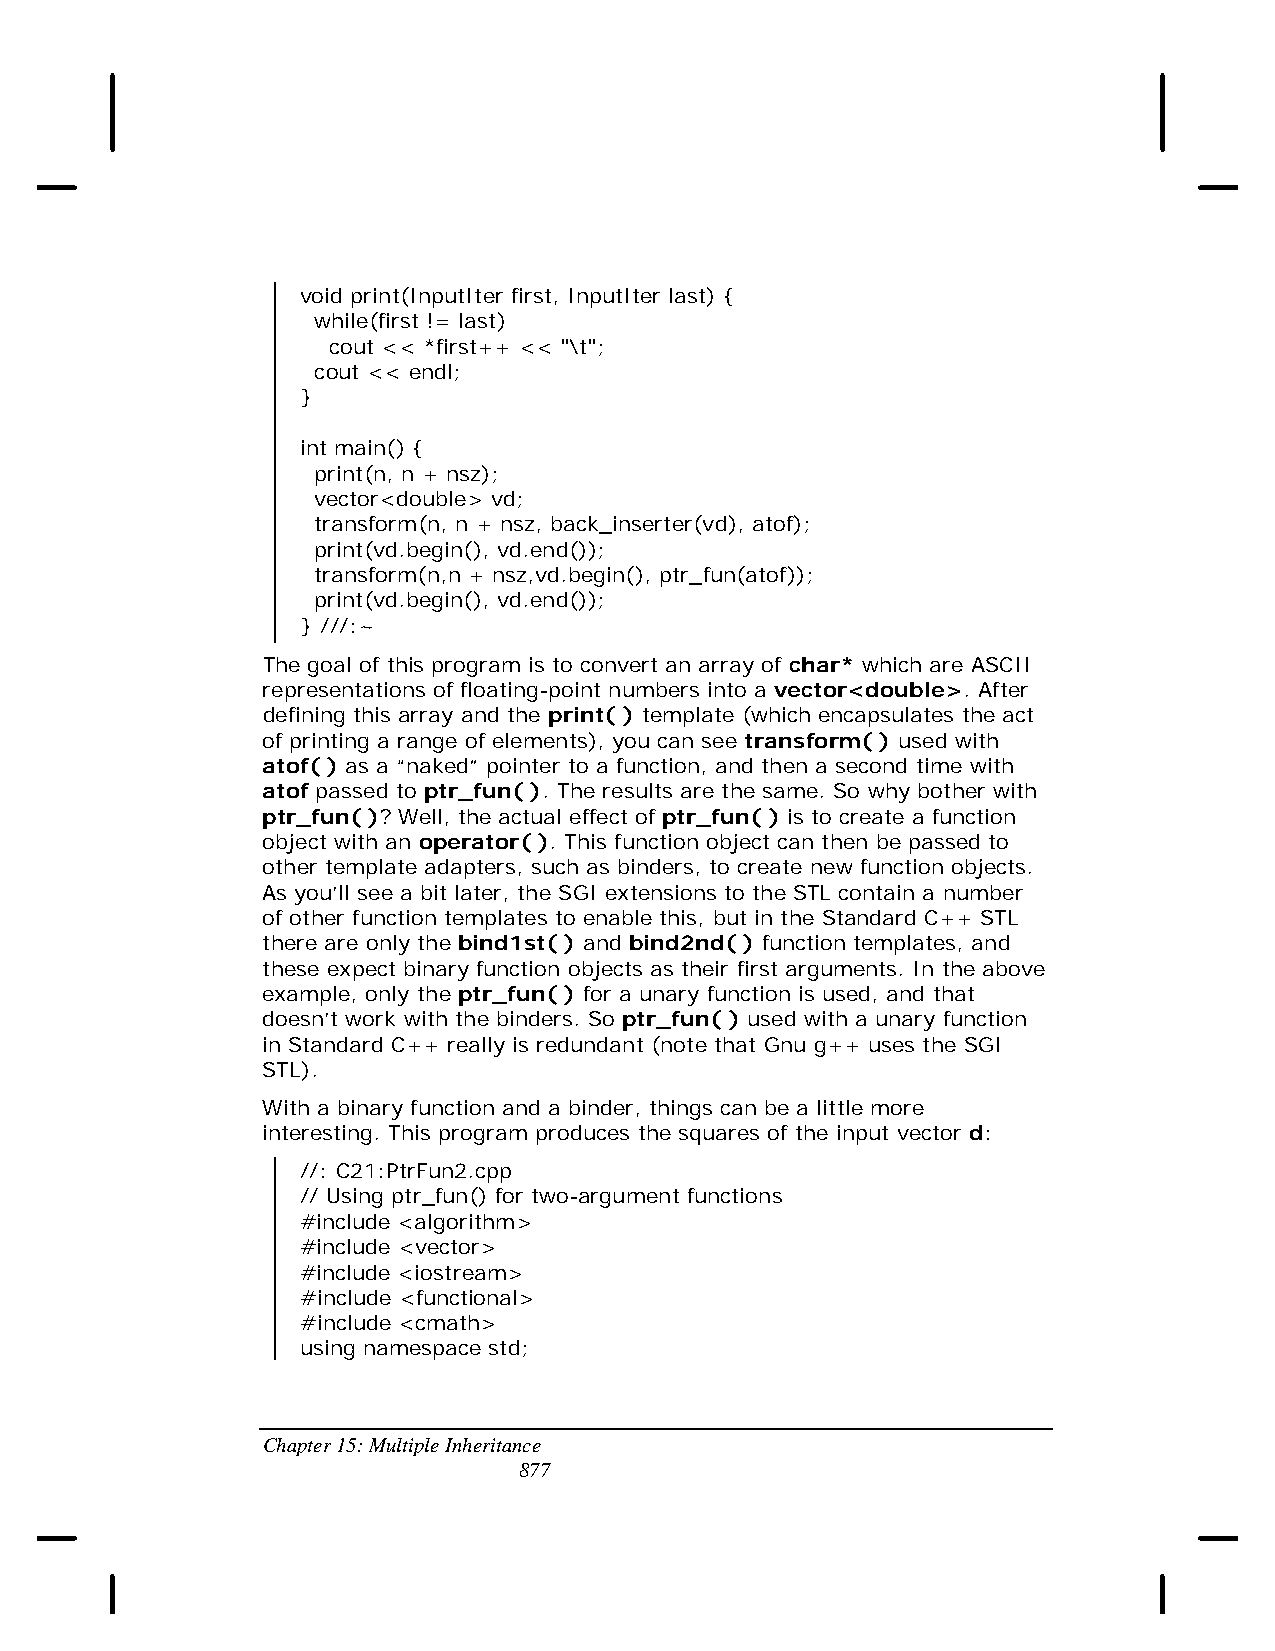
void print(InputIter first, InputIter last) {
 while(first != last)
 cout << *first++ << "\t";
 cout << endl;
 }
 int main() {
 print(n, n + nsz);
 vector<double> vd;
 transform(n, n + nsz, back_inserter(vd), atof);
 print(vd.begin(), vd.end());
 transform(n,n + nsz,vd.begin(), ptr_fun(atof));
 print(vd.begin(), vd.end());
 } ///:~
 The goal of this program is to convert an array of char* which are ASCII
 representations of floating-point numbers into a vector<double>. After
 defining this array and the print( ) template (which encapsulates the act
 of printing a range of elements), you can see transform( ) used with
 atof( ) as a “naked” pointer to a function, and then a second time with
 atof passed to ptr_fun( ). The results are the same. So why bother with
 ptr_fun( )? Well, the actual effect of ptr_fun( ) is to create a function
 object with an operator( ). This function object can then be passed to
 other template adapters, such as binders, to create new function objects.
 As you’ll see a bit later, the SGI extensions to the STL contain a number
 of other function templates to enable this, but in the Standard C++ STL
 there are only the bind1st( ) and bind2nd( ) function templates, and
 these expect binary function objects as their first arguments. In the above
 example, only the ptr_fun( ) for a unary function is used, and that
 doesn’t work with the binders. So ptr_fun( ) used with a unary function
 in Standard C++ really is redundant (note that Gnu g++ uses the SGI
 STL).
 With a binary function and a binder, things can be a little more
 interesting. This program produces the squares of the input vector d:
 //: C21:PtrFun2.cpp
 // Using ptr_fun() for two-argument functions
 #include <algorithm>
 #include <vector>
 #include <iostream>
 #include <functional>
 #include <cmath>
 using namespace std;
 Chapter 15: Multiple Inheritance
 877